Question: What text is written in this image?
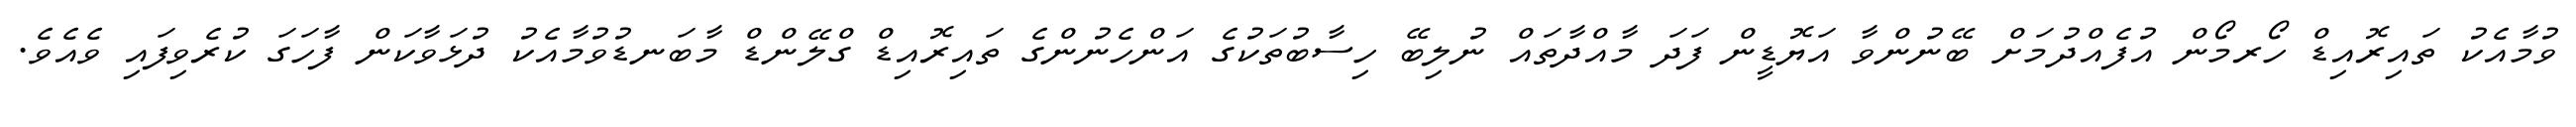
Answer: ވުމާއެކު ތައިރޮއިޑް ހޯރމޯން އުފެއްދުމަށް ބޭނުންވާ އަޔޮޑީން ފަދަ މާއްދާތައް ނުލިބޭ ހިސާބުތަކުގެ އަންހެނުންގެ ތައިރޮއިޑް ގްލޭންޑް މާބަނޑުވުމާއެކު ދުޅަވާކަން ފާހަގަ ކުރެވިފައި ވެއެވެ.